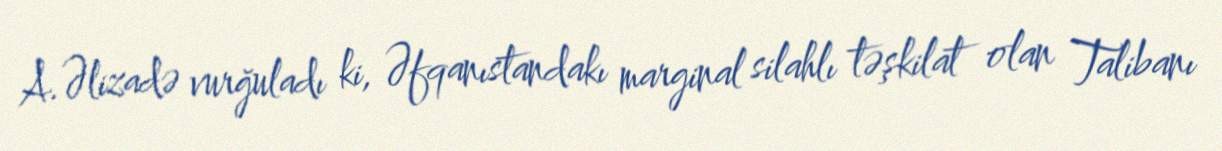
A.Əlizadə vurğuladı ki, Əfqanıstandakı marginal silahlı təşkilat olan Talibanı